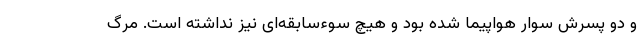
و دو پسرش سوار هواپیما شده بود و هیچ سوءسابقه‌ای نیز نداشته است. مرگ